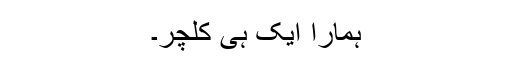
ہمارا ایک ہی کلچر۔